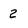
Character: 2